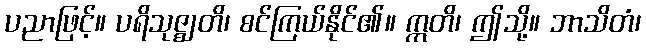
ပညာဖြင့်။ ပရိသုဇ္ဈတိ၊ စင်ကြယ်နိုင်၏။ ဣတိ၊ ဤသို့။ ဘာသိတံ၊